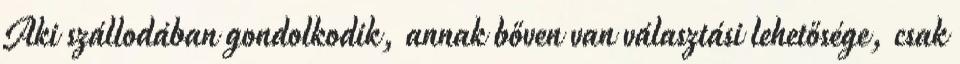
Aki szállodában gondolkodik, annak bőven van választási lehetősége, csak